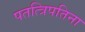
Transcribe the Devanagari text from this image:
पतत्त्रिपतिना